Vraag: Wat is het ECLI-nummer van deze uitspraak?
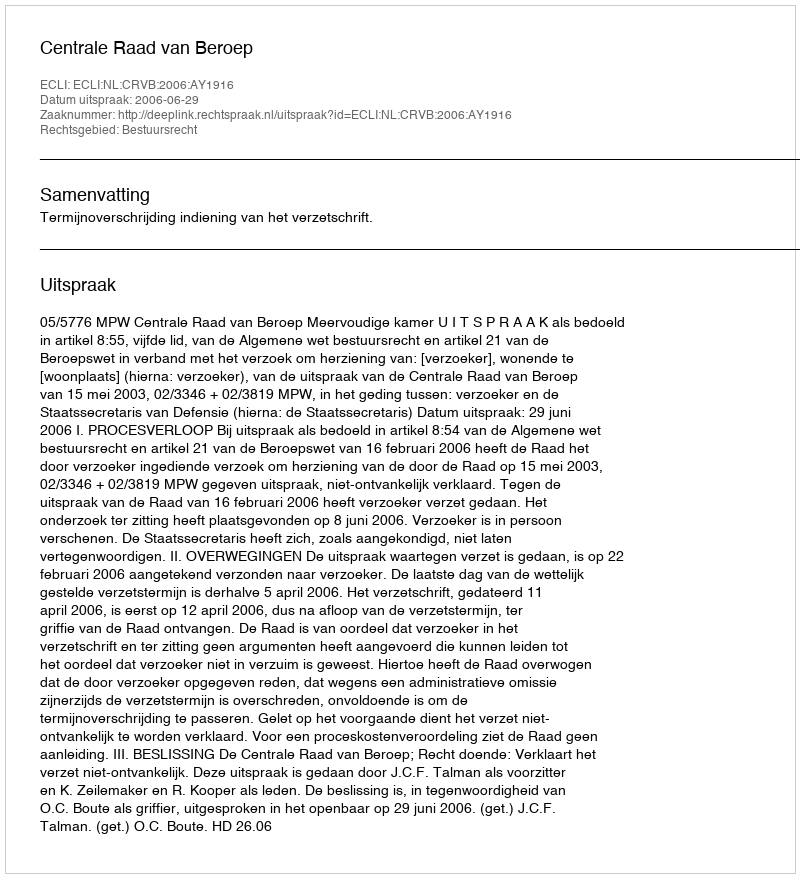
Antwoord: ECLI:NL:CRVB:2006:AY1916